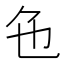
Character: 𬼜